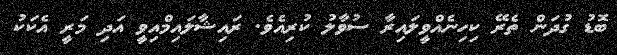
ބޮޑު ގުދަން ތެރޭ ކިހިނެއްވީލައިރާ ސުވާލު ކުރިއެވެ. ރައިޝާލައިމްއިވީ އަދި މަރީ އެކަކު